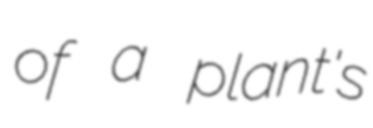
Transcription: of a plant's